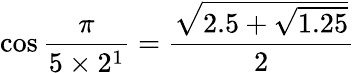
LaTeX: \cos{\frac{\pi}{5\times 2^{1}}}={\frac{\sqrt{2.5+{\sqrt{1.25}}}}{2}}